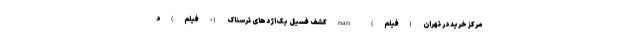
مرکز خرید در تهران (فیلم) nan کشف فسیل یک اژدهای ترسناک (+فیلم) د